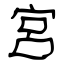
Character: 宮